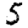
Digit: 5